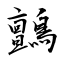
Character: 鸇